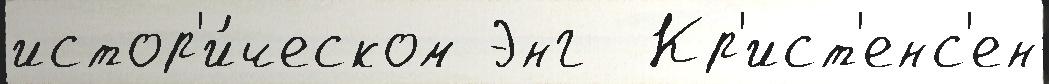
истор'и́ческом Энг  Кр'ист'енс'ен